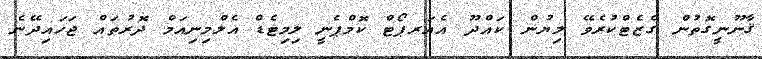
ޤާނޫނީގޮތުން ގެޒެޓްކުރެވޭ ލިޔުން ކައްދޫ އެއަރޕޯޓް ކޮމްޕެނީ ލިމިޓެޑް އެލްމިނިއަމް ދޮރުތައް ޖަހައިދޭނެ